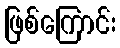
ဖြစ်ကြောင်း